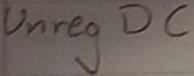
Text: Unreg DC